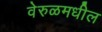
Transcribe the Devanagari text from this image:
वेरुळमधील